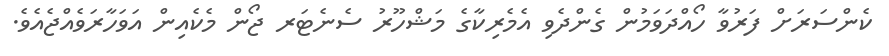
ކެންސަރަށް ފަރުވާ ހޯއްދަވަމުން ގެންދެވި އެމެރިކާގެ މަޝްހޫރު ސެނެޓަރ ޖޯން މެކެއިން އަވަހާރަވެއްޖެއެވެ.